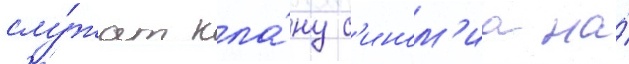
слу́жат кла́ну с'ином'иа на́